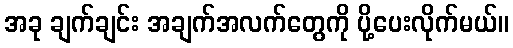
အခု ချက်ချင်း အချက်အလက်တွေကို ပို့ပေးလိုက်မယ်။